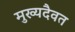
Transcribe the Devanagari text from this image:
मुख्यदैवत